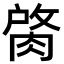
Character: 𦜑